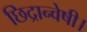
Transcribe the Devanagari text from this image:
छिद्रान्वेषी।